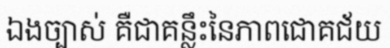
ឯងច្បាស់ គឺជាគន្លឹះនៃភាពជោគជ័យ